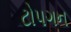
ટોપગન